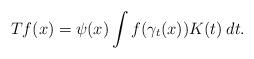
LaTeX: \begin{align*}Tf(x) = \psi(x) \int f(\gamma_t(x)) K(t)\: dt.\end{align*}